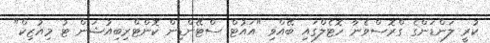
ކުރީ ލަންޑަންގެ ގްރޮސްވެނާ ހޮޓެލްގައި ބޭއްވި "އައުޓް ސްޓޭންޑިން ކޮންޓްރިބިއުޝަން ޓު މިއުޒިކް"